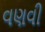
વણવી